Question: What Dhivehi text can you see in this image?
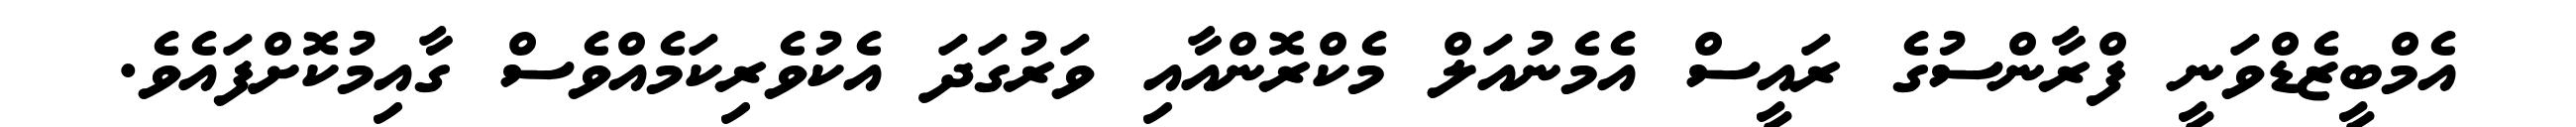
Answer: އެމްބީޒެޑްވަނީ ފްރާންސުގެ ރައީސް އެމެނުއަލް މެކްރޮންއާއި ވަރުގަދަ އެކުވެރިކަމެއްވެސް ގާއިމުކޮށްފައެވެ.